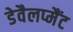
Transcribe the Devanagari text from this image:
डेवैलप्मैंट